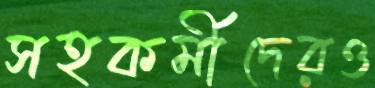
সহকর্মীদেরও